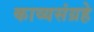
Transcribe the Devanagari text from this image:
काव्यसंग्रहे